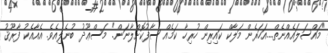
"މައްސަލައެއްނެތް....އަހަރެން މަލާކް ކައިރިން ހުރިހާ ކަމެއް ސާފުކޮށްލާނަން." މަސްޢޫދު ބުނެލިއެވެ. އެއާއެކު ފާރޫޤު